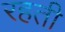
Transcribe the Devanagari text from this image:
रहती